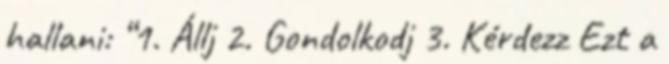
hallani: “1. Állj 2. Gondolkodj 3. Kérdezz Ezt a